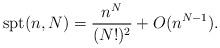
LaTeX: \begin{align*}\textup{spt}(n, N) = \frac{n^N}{(N!)^2} + O(n^{N-1}). \end{align*}